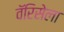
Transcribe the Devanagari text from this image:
वॅरिसेला